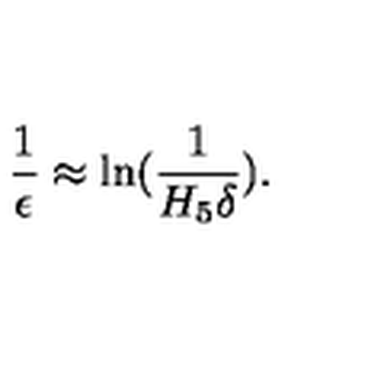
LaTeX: \frac { 1 } { \epsilon } \approx \ln ( \frac { 1 } { H _ { 5 } \delta } ) .